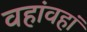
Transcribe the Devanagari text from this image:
वहांवहां